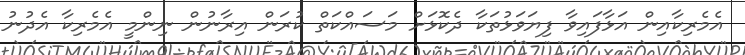
އެމެރިކާއިން އަޅާފައިވާ ފިޔަވަޅުތަކާ ދެކޮޅަށް މަސައްކަތް ކުރަން އިރާނުން ނިންމީ އެމެރިކާ އެދުނު